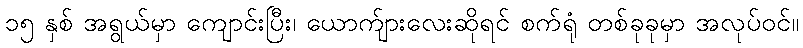
၁၅ နှစ် အရွယ်မှာ ကျောင်းပြီး၊ ယောက်ျားလေးဆိုရင် စက်ရုံ တစ်ခုခုမှာ အလုပ်ဝင်။